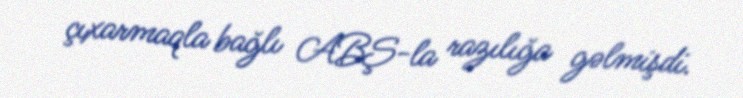
çıxarmaqla bağlı ABŞ-la razılığa gəlmişdi.